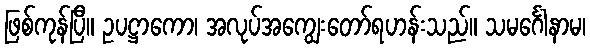
ဖြစ်ကုန်ပြီ။ ဥပဋ္ဌာကော၊ အလုပ်အကျွေးတော်ရဟန်းသည်။ သမင်္ဂေါနာမ၊